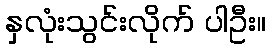
နှလုံးသွင်းလိုက် ပါဦး။